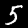
Digit: 5